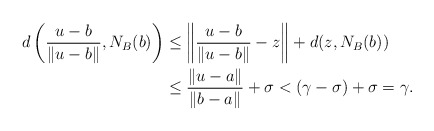
\begin{align*}d\left(\frac{u-b}{\|u-b\|},N_B(b)\right)&\le \left\|\frac{u-b}{\|u-b\|}-z\right\|+d(z,N_B(b))\\&\le \frac{\|u-a\|}{\|b-a\|}+ \sigma<(\gamma-\sigma)+\sigma=\gamma.\end{align*}